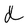
Character: d